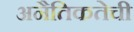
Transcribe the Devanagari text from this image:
अनैतिकतेची